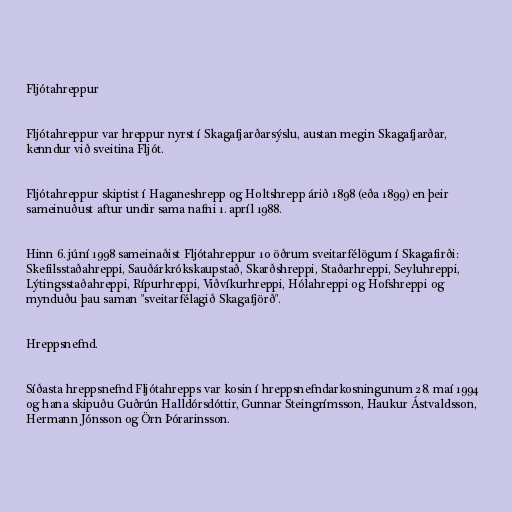
Fljótahreppur

Fljótahreppur var hreppur nyrst í Skagafjarðarsýslu, austan megin Skagafjarðar,
kenndur við sveitina Fljót.

Fljótahreppur skiptist í Haganeshrepp og Holtshrepp árið 1898 (eða 1899) en þeir
sameinuðust aftur undir sama nafni 1. apríl 1988.

Hinn 6. júní 1998 sameinaðist Fljótahreppur 10 öðrum sveitarfélögum í Skagafirði:
Skefilsstaðahreppi, Sauðárkrókskaupstað, Skarðshreppi, Staðarhreppi, Seyluhreppi,
Lýtingsstaðahreppi, Rípurhreppi, Viðvíkurhreppi, Hólahreppi og Hofshreppi og
mynduðu þau saman "sveitarfélagið Skagafjörð".

Hreppsnefnd.

Síðasta hreppsnefnd Fljótahrepps var kosin í hreppsnefndarkosningunum 28. maí 1994
og hana skipuðu Guðrún Halldórsdóttir, Gunnar Steingrímsson, Haukur Ástvaldsson,
Hermann Jónsson og Örn Þórarinsson.